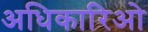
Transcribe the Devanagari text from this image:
अधिकारिओ